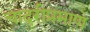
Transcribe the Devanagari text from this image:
चादरीप्रमाणे